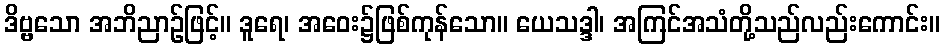
ဒိဗ္ဗသော အဘိညာဉ်ဖြင့်။ ဒူရေ၊ အဝေး၌ဖြစ်ကုန်သော။ ယေသဒ္ဒါ၊ အကြင်အသံတို့သည်လည်းကောင်း။